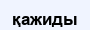
қажиды